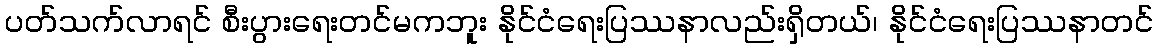
ပတ်သက်လာရင် စီးပွားရေးတင်မကဘူး နိုင်ငံရေးပြဿနာလည်းရှိတယ်၊ နိုင်ငံရေးပြဿနာတင်